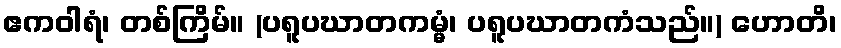
ဧကဝါရံ၊ တစ်ကြိမ်။ (ပရူပဃာတကမ္မံ၊ ပရူပဃာတကံသည်။) ဟောတိ၊